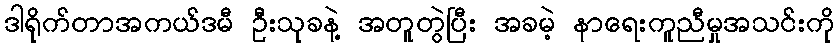
ဒါရိုက်တာအကယ်ဒမီ ဦးသုခနဲ့ အတူတွဲပြီး အခမဲ့ နာရေးကူညီမှုအသင်းကို